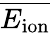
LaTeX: \overline{{E_{\mathrm{ion}}}}